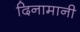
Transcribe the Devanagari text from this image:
दिनामानी